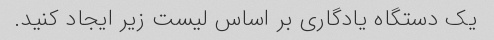
یک دستگاه یادگاری بر اساس لیست زیر ایجاد کنید.